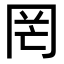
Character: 罔